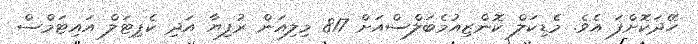
ހޭދަކޮށްފަ އެވެ. މެޑިކަލް ކޮންޒިއުމެބަލްސްއަށް 817 މިލިއަން ރުފިޔާ އަދި ކެޕިޓަލް އައިޓަމްސް